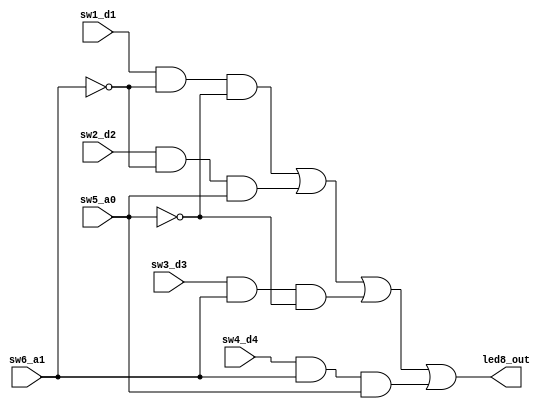
`timescale 1ns / 1ps
//////////////////////////////////////////////////////////////////////////////////
// Company: 
// Engineer: 
// 
// Design Name: 
// Module Name:    mux4_1 
// Project Name: 
// Target Devices: 
// Tool versions: 
// Description: 
//
// Dependencies: 
//
// Revision: 
// Revision 0.01 - File Created
// Additional Comments: 
//
//////////////////////////////////////////////////////////////////////////////////
module mux4_1(
    input sw6_a1,
    input sw5_a0,
    input sw4_d4,
    input sw3_d3,
    input sw2_d2,
    input sw1_d1,
    output led8_out
    );
assign led8_out = sw1_d1&(!sw6_a1)&(!sw5_a0)|sw2_d2&(!sw6_a1)&( sw5_a0)|
                  sw3_d3&( sw6_a1)&(!sw5_a0)|sw4_d4&( sw6_a1)&( sw5_a0);

endmodule